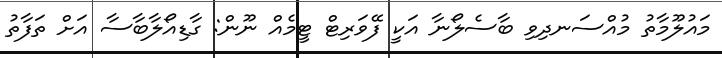
މައުލޫމާތު މުއްސަނދިވި ބާސެލޯނާ އަކީ ފޭވަރިޓް ޓީމެއް ނޫން: ގާޑިއޯލާބާސާ އަށް ތަފާތު